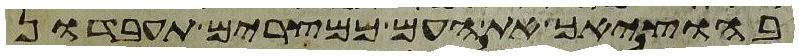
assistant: בהוציאך את העם ממצרים תעבדון